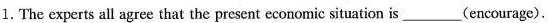
1. The experts all agree that the present economic situation is___(encourage).